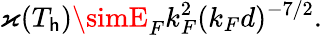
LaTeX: \varkappa(T_{\mathsf{h}})\simE_{F}k_{F}^{2}(k_{F}d)^{-7/2}.